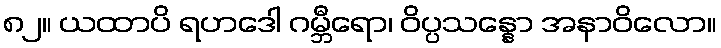
၈၂။ ယထာပိ ရဟဒေါ ဂမ္ဘီရော၊ ဝိပ္ပသန္နော အနာဝိလော။